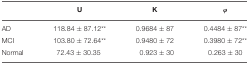
<table><thead><tr><td></td><td><b>U</b></td><td><b>K</b></td><td><b>φ</b></td></tr></thead><tbody><tr><td>AD</td><td>118.84 ± 87.12<sup>**</sup></td><td>0.9684 ± 87</td><td>0.4484 ± 87<sup>**</sup></td></tr><tr><td>MCI</td><td>103.80 ± 72.64<sup>**</sup></td><td>0.9480 ± 72</td><td>0.3980 ± 72<sup>**</sup></td></tr><tr><td>Normal</td><td>72.43 ± 30.35</td><td>0.923 ± 30</td><td>0.263 ± 30</td></tr></tbody></table>